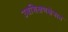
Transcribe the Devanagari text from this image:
उच्चशिक्षणक्षेत्रात